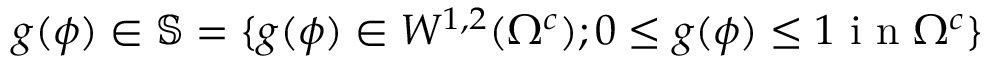
g ( \phi ) \in \mathbb { S } = \lbrace g ( \phi ) \in W ^ { 1 , 2 } ( \Omega ^ { c } ) ; 0 \leq g ( \phi ) \leq 1 \mathrm { ~ i ~ n ~ } \Omega ^ { c } \rbrace